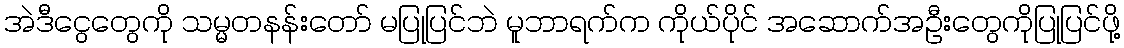
အဲဒီငွေတွေကို သမ္မတနန်းတော် မပြုပြင်ဘဲ မူဘာရက်က ကိုယ်ပိုင် အဆောက်အဦးတွေကိုပြုပြင်ဖို့